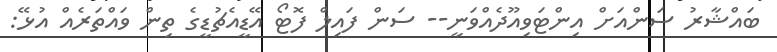
ބައްޝާރު ސަންއަށް އިންޓަވިއޫދެއްވަނީ-- ސަން ފައިލް ފޮޓޯ އޭޑީއެޗުޑީގެ ތިން ވައްތަރެއް އުޅޭ: